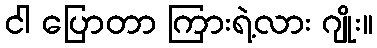
ငါ ပြောတာ ကြားရဲ့လား ဂျိုး။